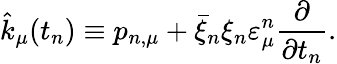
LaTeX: \hat{k}_{\mu}(t_{n})\equiv p_{n,\mu}+\bar{\xi}_{n}\xi_{n}\varepsilon_{\mu}^{n}\frac{\partial}{{\partial t_{n}}}.